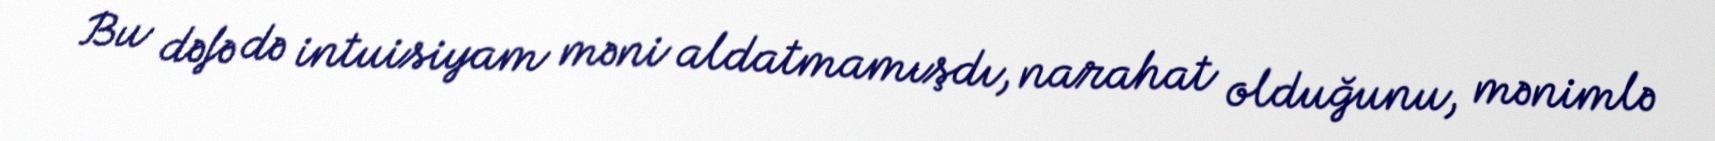
Bu dəfə də intuisiyam məni aldatmamışdı, narahat olduğunu, mənimlə